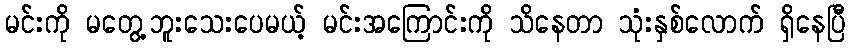
မင်းကို မတွေ့ဘူးသေးပေမယ့် မင်းအကြောင်းကို သိနေတာ သုံးနှစ်လောက် ရှိနေပြီ